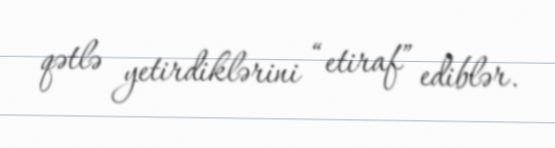
qətlə yetirdiklərini “etiraf” ediblər.